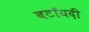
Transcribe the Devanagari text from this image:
बटॉयदी